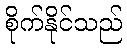
စိုက်နိုင်သည်